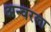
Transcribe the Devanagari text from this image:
अन्वरला